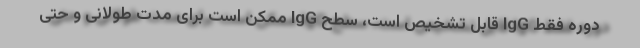
دوره فقط IgG قابل تشخیص است، سطح IgG ممکن است برای مدت طولانی و حتی